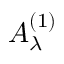
A _ { \lambda } ^ { ( 1 ) }